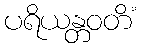
ပရိယန္တဝတိံ